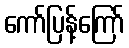
ကော်ပြန့်ကြော်